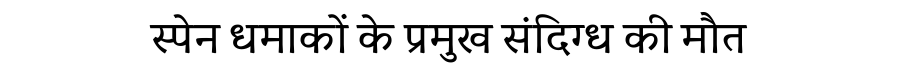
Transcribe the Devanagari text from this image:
स्पेन धमाकों के प्रमुख संदिग्ध की मौत